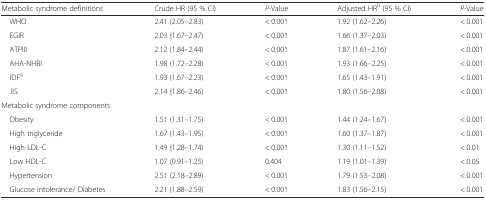
<table><thead><tr><td><b>Metabolic syndrome definitions</b></td><td><b>Crude HR (95 % CI)</b></td><td><b><i>P</i>-Value</b></td><td><b>Adjusted HR<sup>b</sup> (95 % CI)</b></td><td><b><i>P</i>-Value</b></td></tr></thead><tbody><tr><td> WHO</td><td>2.41 (2.05–2.83)</td><td>&lt; 0.001</td><td>1.92 (1.62–2.26)</td><td>&lt; 0.001</td></tr><tr><td> EGIR</td><td>2.03 (1.67–2.47)</td><td>&lt; 0.001</td><td>1.66 (1.37–2.03)</td><td>&lt; 0.001</td></tr><tr><td> ATPIII</td><td>2.12 (1.84–2.44)</td><td>&lt; 0.001</td><td>1.87 (1.61–2.16)</td><td>&lt; 0.001</td></tr><tr><td> AHA-NHBI</td><td>1.98 (1.72–2.28)</td><td>&lt; 0.001</td><td>1.93 (1.66–2.25)</td><td>&lt; 0.001</td></tr><tr><td> IDF<sup>a</sup></td><td>1.93 (1.67–2.23)</td><td>&lt; 0.001</td><td>1.65 (1.43–1.91)</td><td>&lt; 0.001</td></tr><tr><td> JIS</td><td>2.14 (1.86–2.46)</td><td>&lt; 0.001</td><td>1.80 (1.56–2.08)</td><td>&lt; 0.001</td></tr><tr><td colspan="5">Metabolic syndrome components</td></tr><tr><td> Obesity</td><td>1.51 (1.31–1.75)</td><td>&lt; 0.001</td><td>1.44 (1.24–1.67)</td><td>&lt; 0.001</td></tr><tr><td> High triglyceride</td><td>1.67 (1.43–1.95)</td><td>&lt; 0.001</td><td>1.60 (1.37–1.87)</td><td>&lt; 0.001</td></tr><tr><td> High LDL-C</td><td>1.49 (1.28–1.74)</td><td>&lt; 0.001</td><td>1.30 (1.11–1.52)</td><td>&lt; 0.01</td></tr><tr><td> Low HDL-C</td><td>1.07 (0.91–1.25)</td><td>0.404</td><td>1.19 (1.01–1.39)</td><td>&lt; 0.05</td></tr><tr><td> Hypertension</td><td>2.51 (2.18–2.89)</td><td>&lt; 0.001</td><td>1.79 (1.53–2.08)</td><td>&lt; 0.001</td></tr><tr><td> Glucose intolerance/ Diabetes</td><td>2.21 (1.88–2.59)</td><td>&lt; 0.001</td><td>1.83 (1.56–2.15)</td><td>&lt; 0.001</td></tr></tbody></table>